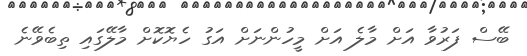
ބޭސް ފަރުވާ އަށް މާލެ އަށް މީހުންނަށް އަގު ހެޔޮކޮށް މާލޭގައި ތިބެވޭނެ